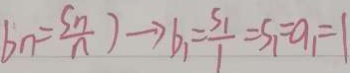
b _ { n } = \frac { S _ { n } } { n } ) \rightarrow b _ { 1 } = \frac { s _ { 1 } } { 1 } = S _ { 1 } = a _ { 1 } = 1